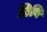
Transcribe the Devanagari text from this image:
प्रिवि